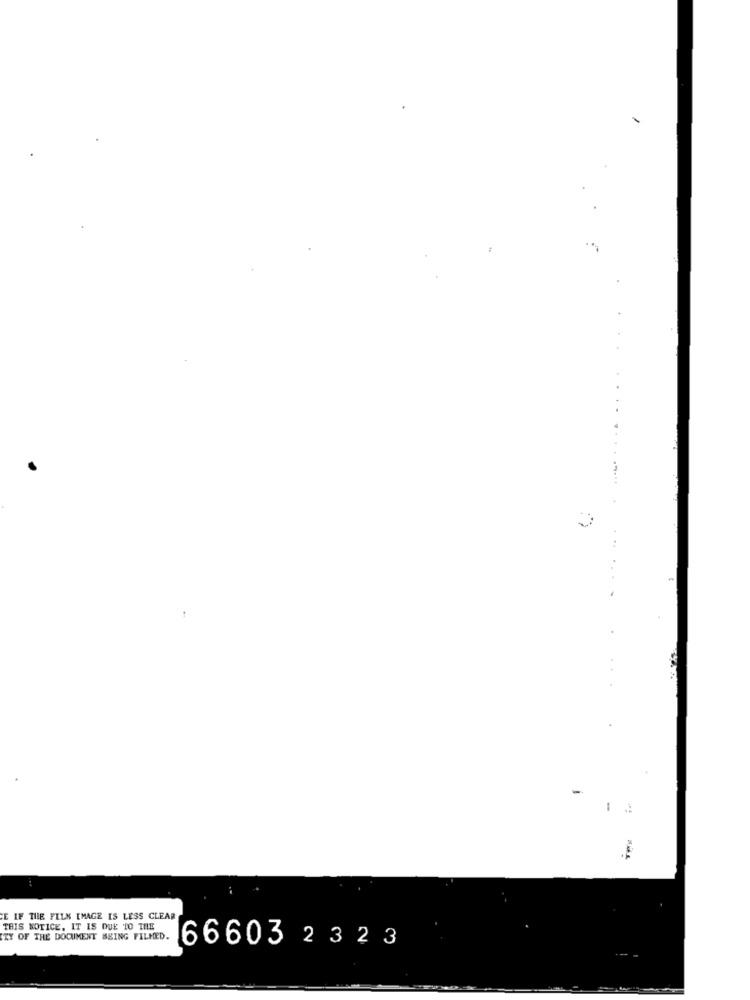
1
E IF THE FILN IMAGE IS LESS CLEAR
THIS NOTICE, IT IS DUE TO THE
CZY OF THE DOCUMENT BEING FILMED.
66603 23 23